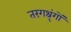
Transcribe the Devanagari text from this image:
तरंगश्रृंगों